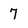
Character: 7